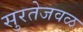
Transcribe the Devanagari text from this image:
सुरतेजवळ